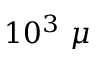
1 0 ^ { 3 } ~ \mu